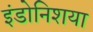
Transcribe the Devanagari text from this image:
इंडोनिशया